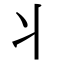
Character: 丬